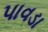
પાવડા